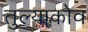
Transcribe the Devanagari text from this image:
तुल्याकोव